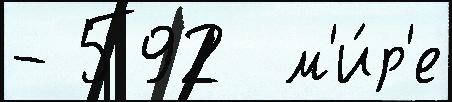
- 592  м'и́р'е